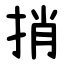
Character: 捎